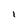
Character: I